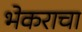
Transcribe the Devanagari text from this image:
भेकराचा